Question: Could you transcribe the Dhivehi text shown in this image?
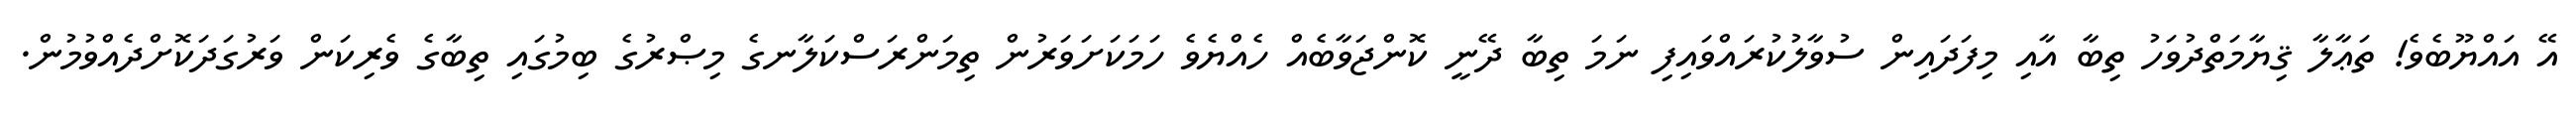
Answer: އޭ އައްޔޫބެވެ! ތަޢާލާ ޤިޔާމަތްދުވަހު ތިބާ އާއި މިފަދައިން ސުވާލުކުރައްވައިފި ނަމަ ތިބާ ދޭނީ ކޮންޖަވާބެއް ހެއްޔެވެ ހަމަކަށަވަރުން ތިމަންރަސްކަލާނގެ މިޞްރުގެ ބިމުގައި ތިބާގެ ވެރިކަން ވަރުގަދަކޮށްދެއްވުމުން.